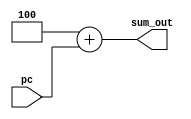
module sumador (
    input [31:0] pc,  // Entrada de 32 bits
    output reg [31:0] sum_out  // Salida de 32 bits
);


always @* begin
sum_out = 32'b00000000000000000000000000000100 + pc;  // Suma de una constante 4 y B
end
endmodule